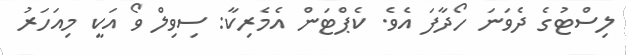
ލިސްޓުގެ ދެވަނަ ހޯދާފަ އެވެ. ކެޕްޓަން އެމެރިކާ: ސިވިލް ވޯ އަކީ މިއަހަރު